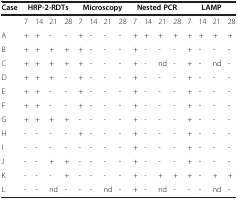
| Case | <COLSPAN=4> HRP-2-RDTs | <COLSPAN=4> Microscopy | <COLSPAN=4> Nested PCR | <COLSPAN=4> LAMP |
 | --- | --- | --- | --- | --- | --- | --- | --- | --- | --- | --- | --- | --- | --- | --- | --- | --- |
 |  | 7 | 14 | 21 | 28 | 7 | 14 | 21 | 28 | 7 | 14 | 21 | 28 | 7 | 14 | 21 | 28 |
 | A | + | + | - | - | + | - | - | - | + | + | + | + | + | + | + | + |
 | B | + | + | + | + | + | - | - | - | + | - | - | - | + | - | - | - |
 | C | + | + | + | + | + | - | - | - | + | - | nd | - | + | - | nd | - |
 | D | + | + | + | - | + | - | - | - | + | - | - | - | + | - | - | - |
 | E | + | + | - | - | + | - | - | - | + | - | - | - | + | - | - | - |
 | F | + | + | - | - | + | - | - | - | + | - | - | - | + | - | - | - |
 | G | + | + | + | + | - | - | - | - | + | - | - | - | + | - | - | - |
 | H | - | - | - | - | + | - | - | - | + | - | - | - | + | - | - | - |
 | I | - | - | - | - | - | - | - | - | + | - | - | - | + | - | - | - |
 | J | - | - | + | + | - | - | - | - | + | - | - | - | + | - | - | - |
 | K | - | - | - | + | - | - | - | - | + | - | + | + | + | - | + | + |
 | L | - | - | nd | - | - | - | nd | - | + | - | nd | - | - | - | nd | - |